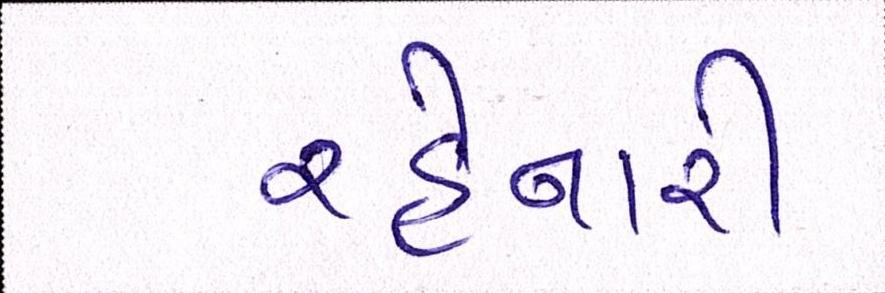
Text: રહેનારી